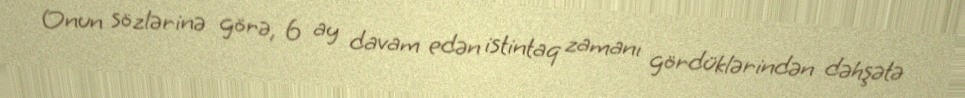
Onun sözlərinə görə, 6 ay davam edən istintaq zamanı gördüklərindən dəhşətə